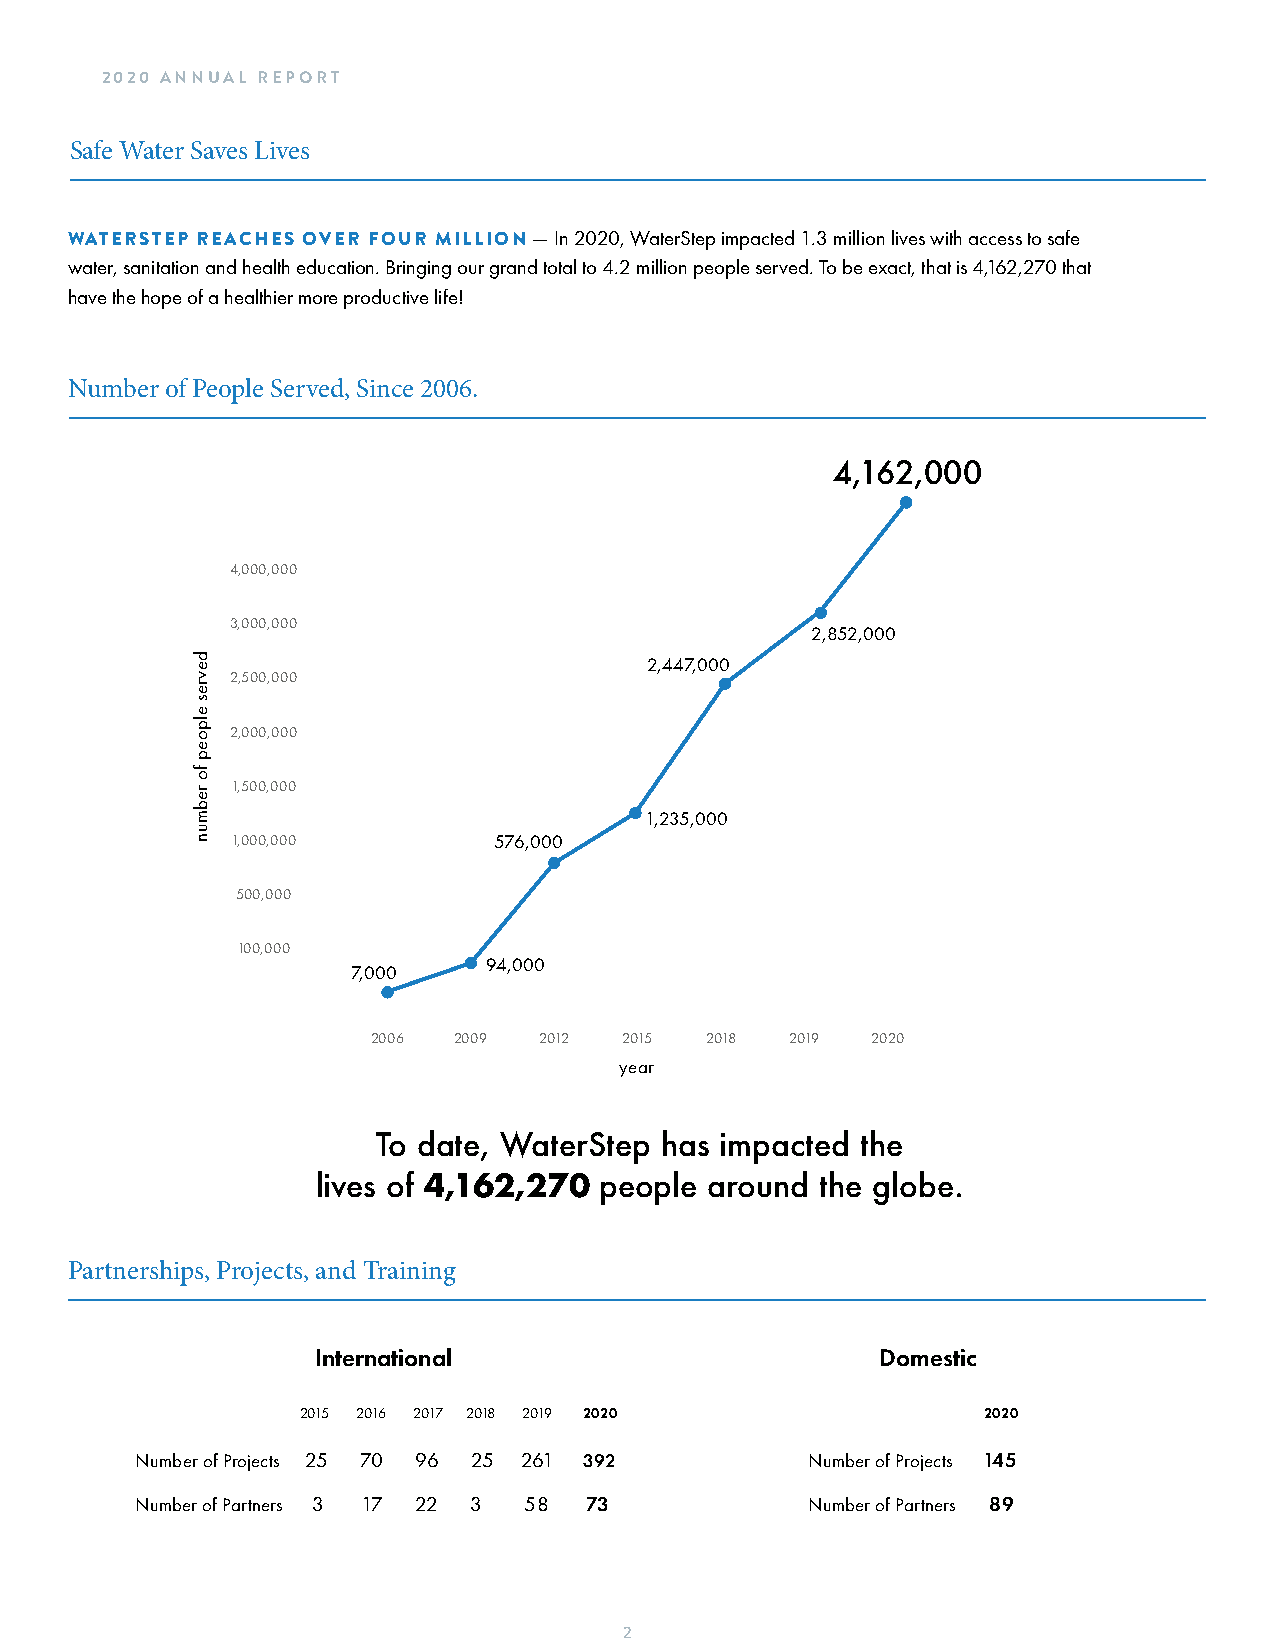
2020 ANNUAL REPORT
 Safe Water Saves Lives
 WATERSTEP REACHES OVER FOUR MILLION — In 2020, WaterStep impacted 1.3 million lives with access to safe
 water, sanitation and health education. Bringing our grand total to 4.2 million people served. To be exact, that is 4,162,270 that
 have the hope of a healthier more productive life!
 Number of People Served, Since 2006.
 4,162,000
 4,000,000
 3,000,000
 2,852,000
 2,447,000
 2,500,000
 2,000,000
 1,500,000
 1,235,000
 1,000,000         576,000
 500,000
 100,000
 94,000
 7,000
 2006 2009  2012 2015  2018 2019  2020
 year
 To date, WaterStep has impacted the
 lives of 4,162,270 people around the globe.
 Partnerships, Projects, and Training
 International                        Domestic
 2015 2016 2017 2018 2019 2020                2020
 Number of Projects 25 70 96 25 261 392       Number of Projects 145
 Number of Partners 3 17 22 3 58 73           Number of Partners 89
 2
 devres
 elpoep
 fo
 rebmun